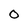
Character: O